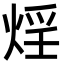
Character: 𭵂